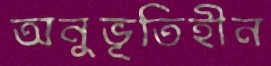
অনুভূতিহীন